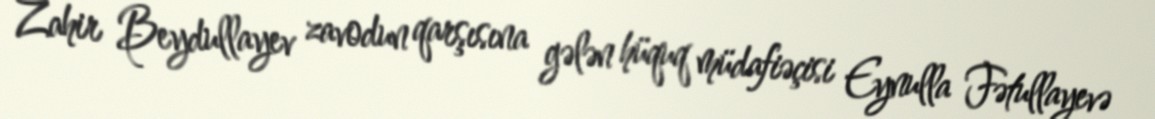
Zahir Beydullayev zavodun qarşısına gələn hüquq müdafiəçisi Eynulla Fətullayevə